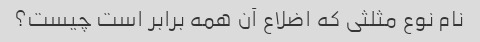
نام نوع مثلثی که اضلاع آن همه برابر است چیست؟